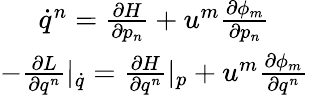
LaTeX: \begin{array}{c}{\dot{q}^{n}=\frac{\partial H}{\partial p_{n}}+u^{m}\frac{\partial\phi_{m}}{\partial p_{n}}}\\ {-\frac{\partial L}{\partial q^{n}}|_{\dot{q}}=\frac{\partial H}{\partial q^{n}}|_{p}+u^{m}\frac{\partial\phi_{m}}{\partial q^{n}}}\end{array}